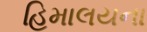
હિમાલયના